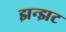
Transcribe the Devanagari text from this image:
झन्झट